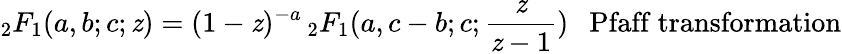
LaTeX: {}_{2}F_{1}(a,b;c;\mathit{z})=(1-\mathit{z})^{-a}\, {}_{2}F_{1}(a,c-b;c;{\frac{{\mathit{z}}}{{\mathit{z}-1}}})\ \ \ {\mathrm{{Pfaff~transformation}}}